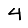
Digit: 4